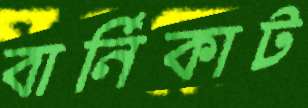
বার্নিকাট